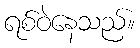
ရစ်ဝဲနေသည်။